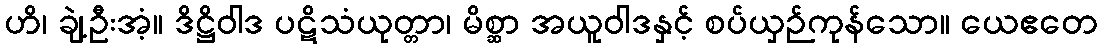
ဟိ၊ ချဲ့ဦးအံ့။ ဒိဋ္ဌိဝါဒ ပဋိသံယုတ္တာ၊ မိစ္ဆာ အယူဝါဒနှင့် စပ်ယှဉ်ကုန်သော။ ယေဧတေ